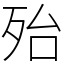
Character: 殆